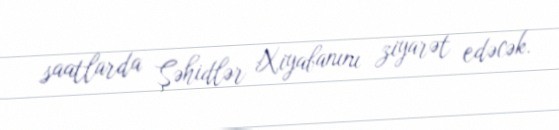
saatlarda Şəhidlər Xiyabanını ziyarət edəcək.